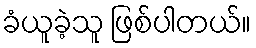
ခံယူခဲ့သူ ဖြစ်ပါတယ်။